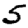
Digit: 5